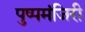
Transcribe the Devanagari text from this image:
पुष्पमंजिरी